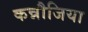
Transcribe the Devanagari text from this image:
कन्नौजिया